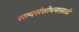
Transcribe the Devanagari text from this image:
सत्यसंशोधनासाठी